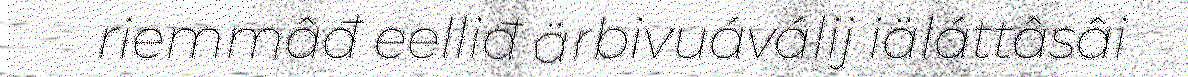
riemmâđ eelliđ ärbivuáválij iäláttâsâi